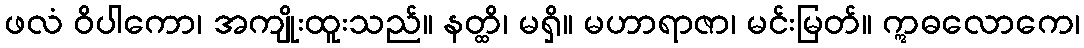
ဖလံ ဝိပါကော၊ အကျိုးထူးသည်။ နတ္ထိ၊ မရှိ။ မဟာရာဇာ၊ မင်းမြတ်။ ဣဓလောကေ၊